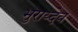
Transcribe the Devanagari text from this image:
भुराय्देव